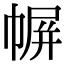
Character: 幈